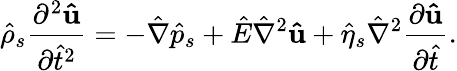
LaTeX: \hat{\rho}_{s}\frac{\partial^{2}\mathbf{\hat{u}}}{\partial\hat{t}^{2}}=-\hat{\nabla}\hat{p}_{s}+\hat{E}\hat{\nabla}^{2}\mathbf{\hat{u}}+\hat{\eta}_{s}\hat{\nabla}^{2}\frac{\partial\mathbf{\hat{u}}}{\partial\hat{t}}.